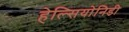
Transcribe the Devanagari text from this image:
हेल्सियोनिडी